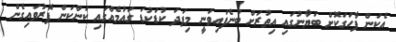
އެކަން ފާހަގަކޮށް ބަޔާނުގައި އިތުރަށް ބުނެފައިވަނީ މިފަދަ ކުޑަކުޑަ ގައުމެއްގައި ކަންކަން ފޮރުވައިގެން